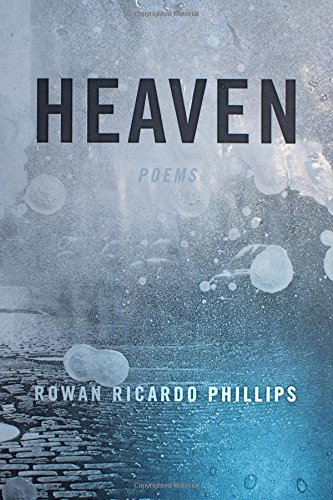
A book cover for Heaven: Poems; Rowan Ricardo Phillips; Literature & Fiction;